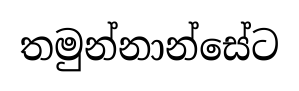
තමුන්නාන්සේට